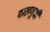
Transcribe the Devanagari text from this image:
पालगुमी